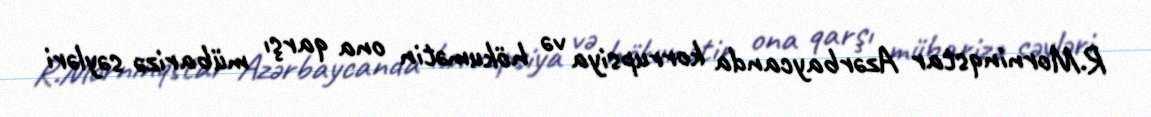
R.Morninqstar Azərbaycanda korrupsiya və hökumətin ona qarşı mübarizə səyləri